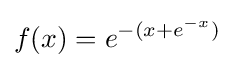
f(x)=e^{-(x+e^{-x})}